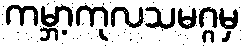
ကမ္ဘာ့ကုလသမဂ္ဂမှ